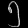
Digit: ၅